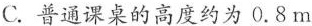
C.普通课桌的高度约为0.8m